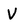
Character: V